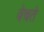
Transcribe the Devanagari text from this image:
वेचते